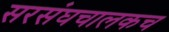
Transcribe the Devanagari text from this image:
सरसंघचालकच